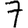
Digit: 7